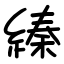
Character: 縥